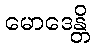
မောဒေန္တိ